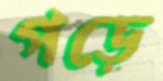
পড়ে